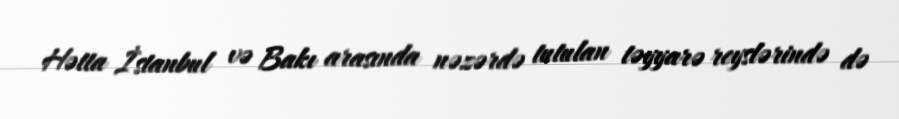
Hətta İstanbul və Bakı arasında nəzərdə tutulan təyyarə reyslərində də